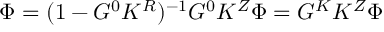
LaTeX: \Phi = ( 1 - G ^ { 0 } K ^ { R } ) ^ { - 1 } G ^ { 0 } K ^ { Z } \Phi = G ^ { K } K ^ { Z } \Phi